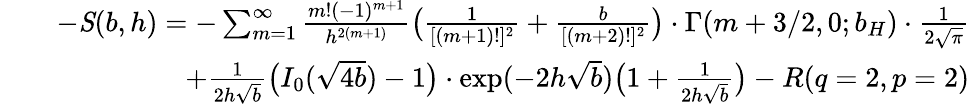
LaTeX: \begin{array}{rlr}&{}&{-\textbf{\emph{S}}(b,h)=-\sum_{m=1}^{\infty}{\frac{m!(-1)^{m+1}}{h^{2(m+1)}}}\big({\frac{1}{[(m+1)!]^{2}}}+{\frac{b}{[(m+2)!]^{2}}}\big)\cdot\Gamma(m+3/2,0;b_{H})\cdot{\frac{1}{2\sqrt{\pi}}}}\\ &{}&{+{\frac{1}{2h\sqrt{b}}}\big(I_{0}(\sqrt{4b})-1\big)\cdot\exp(-2h\sqrt{b})\big(1+{\frac{1}{2h\sqrt{b}}}\big)-R(q=2,p=2)}\end{array}